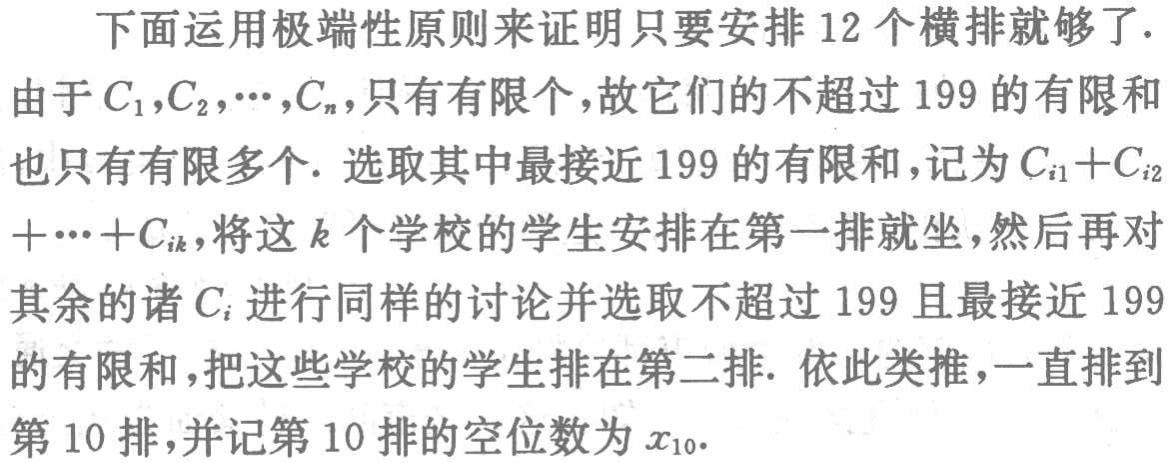
下面运用极端性原则来证明只要安排 12 个横排就够了.

由于\(C_{1},C_{2},\cdots,C_{n}\)，只有有限个，故它们的不超过 199 的有限和也只有有限多个. 选取其中最接近 199 的有限和，记为\(C_{i1}+C_{i2}+\cdots +C_{ik}\)，将这\(k\)个学校的学生安排在第一排就坐，然后再对其余的诸\(C_{i}\)进行同样的讨论并选取不超过 199 且最接近 199 的有限和，把这些学校的学生排在第二排. 依此类推，一直排到第 10 排，并记第 10 排的空位数为\(x_{10}\).